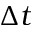
\Delta t